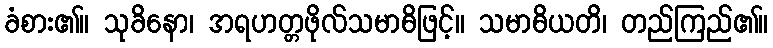
ခံစား၏။ သုခိနော၊ အရဟတ္တဖိုလ်သမာဓိဖြင့်။ သမာဓိယတိ၊ တည်ကြည်၏။